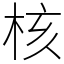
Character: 核